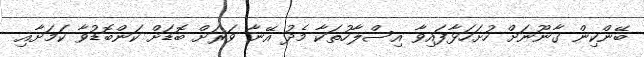
ބޭންކިން ގާނޫނަށް ހުށަހަޅާފައިވާ އިސްލާހުތަކާ މެދު އޭނާ ވަރަށް ބޮޑަށް ކަންބޮޑުވާ ކަމަށާއި